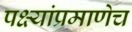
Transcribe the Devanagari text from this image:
पक्ष्यांप्रमाणेच